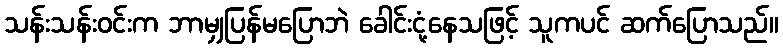
သန်းသန်းဝင်းက ဘာမျှပြန်မပြောဘဲ ခေါင်းငုံ့နေသဖြင့် သူကပင် ဆက်ပြောသည်။